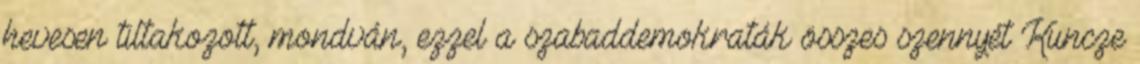
hevesen tiltakozott, mondván, ezzel a szabaddemokraták összes szennyét Kuncze